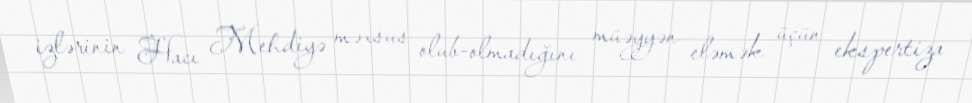
izlərinin Hacı Mehdiyə məxsus olub-olmadığını müəyyən eləmək üçün ekspertiza